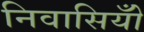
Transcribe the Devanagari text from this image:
निवासियोँ